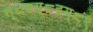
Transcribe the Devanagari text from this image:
ग्८इय्८इय्८९